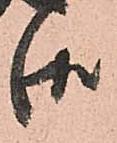
候